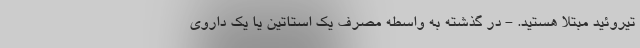
تیروئید مبتلا هستید. - در گذشته به واسطه مصرف یک استاتین یا یک داروی